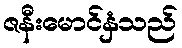
ဇနီးမောင်နှံသည်